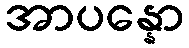
အာပန္နော